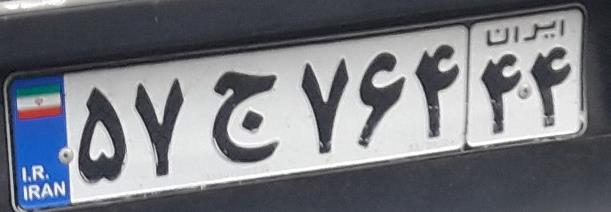
۵۷ج۷۶۴۴۴